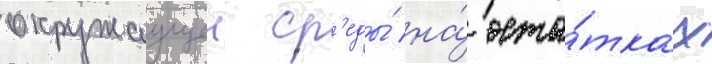
окружаущеи ср'еды́ на́ оста́тках